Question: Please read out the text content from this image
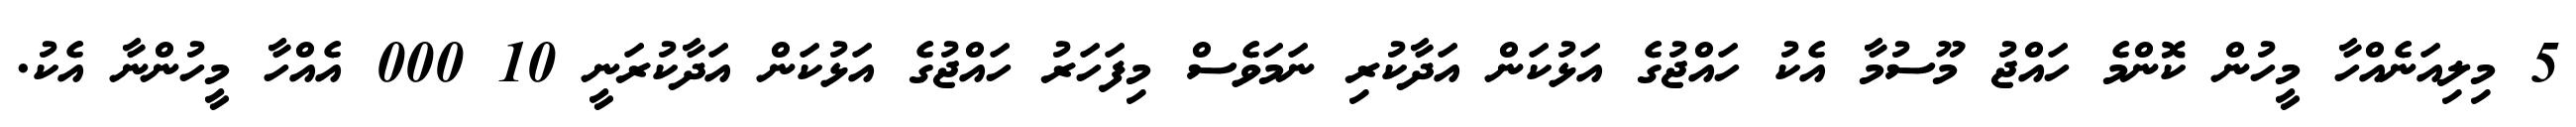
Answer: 5 މިލިއަނެއްހާ މީހުން ކޮންމެ ހައްޖު މޫސުމާ އެކު ހައްޖުގެ އަޅުކަން އަދާކުރި ނަމަވެސް މިފަހަރު ހައްޖުގެ އަޅުކަން އަދާކުރަނީ 10 000 އެއްހާ މީހުންނާ އެކު.